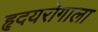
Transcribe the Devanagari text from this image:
हृदयरोगाला